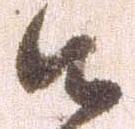
御